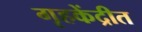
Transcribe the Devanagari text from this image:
गृहकेंद्रीत